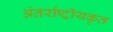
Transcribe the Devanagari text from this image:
अंतर्राष्ट्रीयकृत